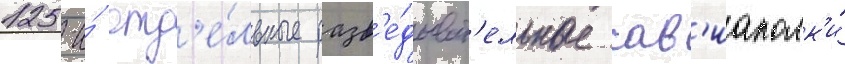
125-и́ отд'е́льные разв'е́дыват'ельные ав'иаполк'и́